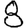
Digit: 8